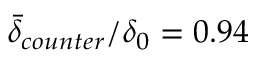
\bar { \delta } _ { c o u n t e r } / \delta _ { 0 } = 0 . 9 4